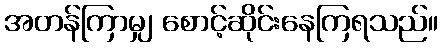
အတန်ကြာမျှ စောင့်ဆိုင်းနေကြရသည်။